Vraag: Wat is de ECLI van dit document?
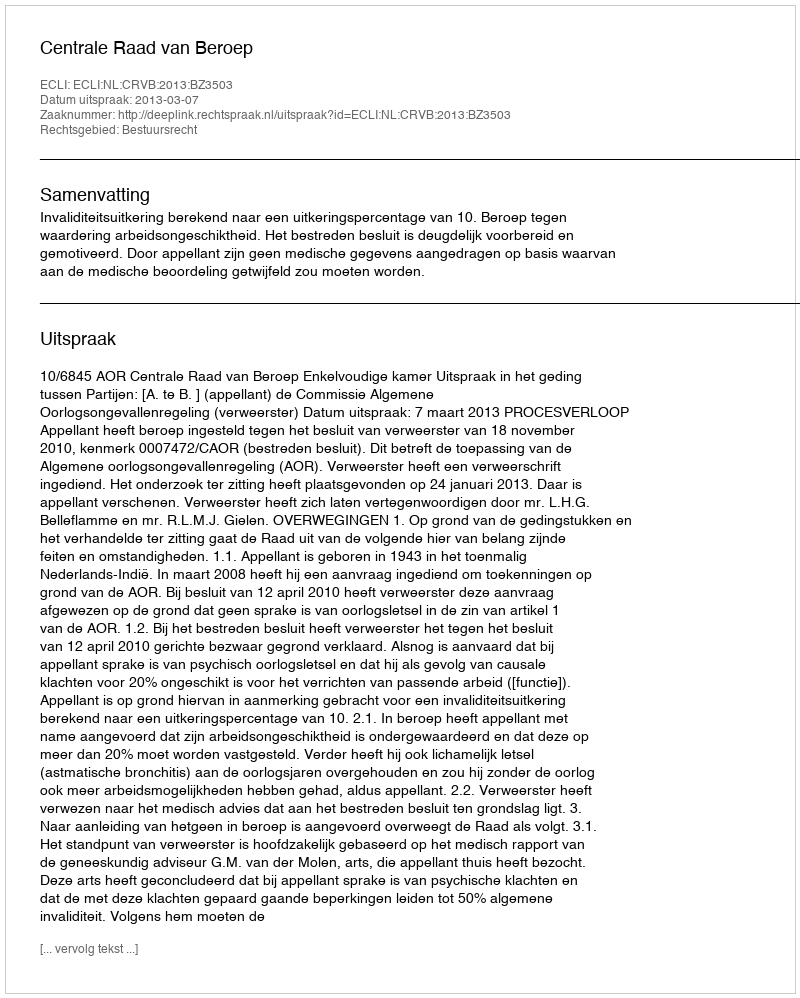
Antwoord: ECLI:NL:CRVB:2013:BZ3503